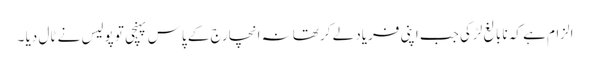
الزام ہے کہ نابالغ لڑکی جب اپنی فریاد لے کر تھانہ انچارج کے پاس پہنچی تو پولیس نے ٹال دیا ۔